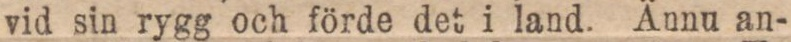
vid sin rygg och förde det i land. Ännu an-